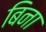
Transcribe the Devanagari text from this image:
बिना